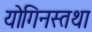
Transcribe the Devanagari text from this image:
योगिनस्तथा